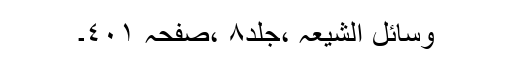
وسائل الشیعہ ،جلد٨ ،صفحہ ٤٠١۔